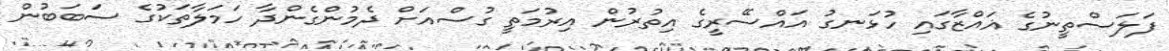
ފަލަސްތީނުގެ ޣައްޒާގައި ހުޅަނގު އައްސޭރީގެ އިތުރުން އިރުމަތީ ގުސްއަށް ދެމުންގެންދާ ހަމަލާތަކުގެ ސަބަބުން